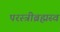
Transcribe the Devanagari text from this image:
परस्त्रीब्रह्मस्व